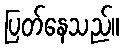
ပြတ်နေသည်။